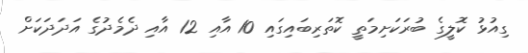
ގިއުޅު ކޮލީގެ ބުރަކަށިމަތީ ކޮތަރިބައިގައި 10 އާއި 12 އާއި ދެމެދުގެ އަދަދަކަށް